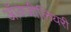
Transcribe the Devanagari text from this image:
ऑक्जीलियरी